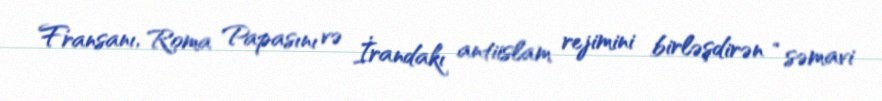
Fransanı, Roma Papasını və İrandakı antiislam rejimini birləşdirən “səmavi